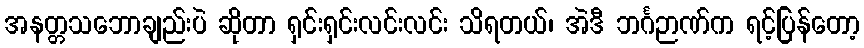
အနတ္တသဘောချည်းပဲ ဆိုတာ ရှင်းရှင်းလင်းလင်း သိရတယ်၊ အဲဒီ ဘင်္ဂဉာဏ်က ရင့်ပြန်တော့